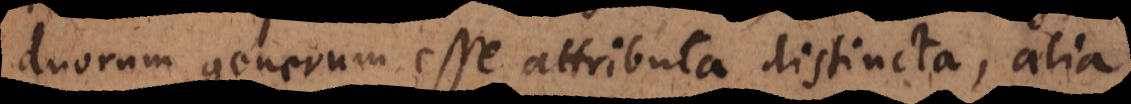
duorum generum esse attributa distincta, alia